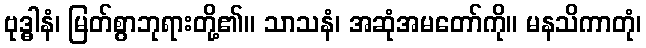
ဗုဒ္ဓါနံ၊ မြတ်စွာဘုရားတို့၏။ သာသနံ၊ အဆုံအမတော်ကို။ မနသိကာတုံ၊